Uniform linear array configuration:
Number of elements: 48
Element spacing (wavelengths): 0.25
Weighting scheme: uniform
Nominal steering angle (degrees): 0
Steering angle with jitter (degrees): -0.6099
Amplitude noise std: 0.05
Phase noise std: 0.05

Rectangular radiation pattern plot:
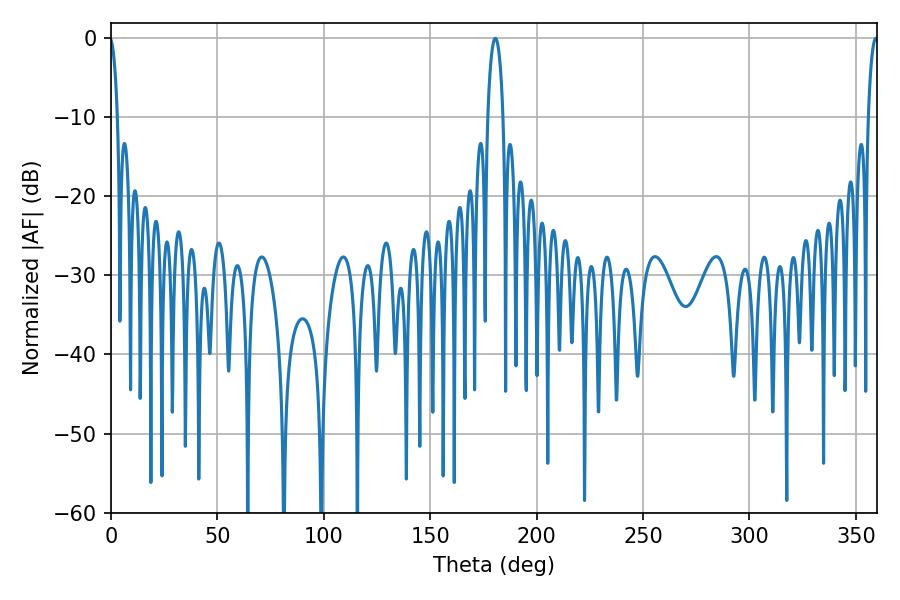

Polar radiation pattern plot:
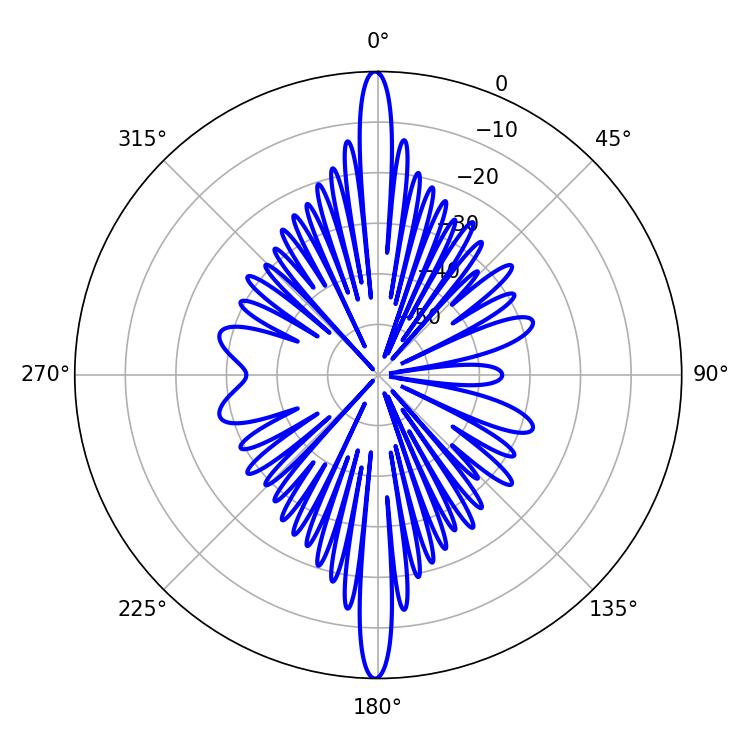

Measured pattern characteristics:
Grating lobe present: FALSE
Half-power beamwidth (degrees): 4.14
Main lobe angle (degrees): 180.54